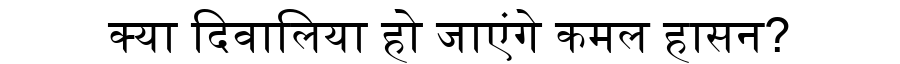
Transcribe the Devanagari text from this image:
क्या दिवालिया हो जाएंगे कमल हासन?